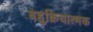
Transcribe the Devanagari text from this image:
बहुक्रियात्मक